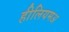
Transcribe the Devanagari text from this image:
हीलियमअ